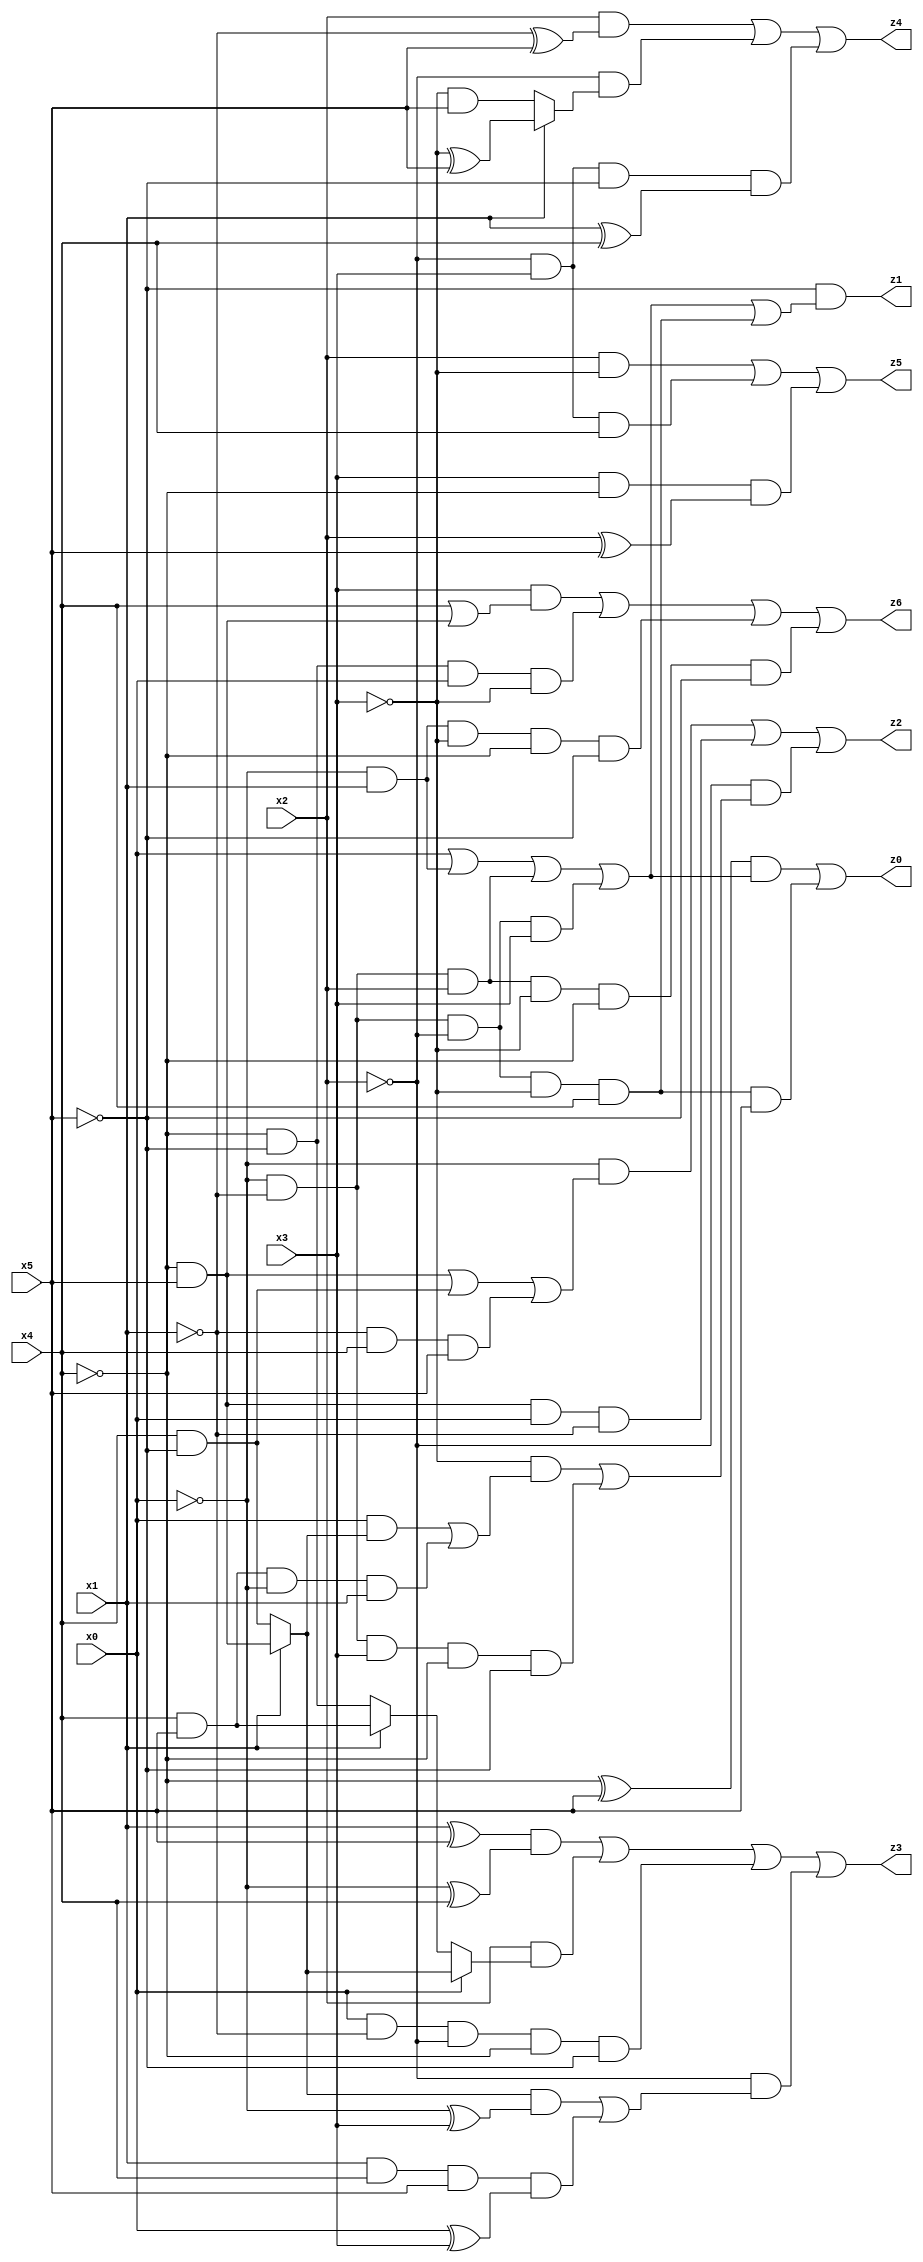
// Benchmark "X_3" written by ABC on Wed Jun 07 15:28:47 2023

module X_59 ( 
    x0, x1, x2, x3, x4, x5,
    z0, z1, z2, z3, z4, z5, z6  );
  input  x0, x1, x2, x3, x4, x5;
  output z0, z1, z2, z3, z4, z5, z6;
  assign z0 = ((~x4 ^ x5) & (x0 | (~x0 & x1) | (~x0 & ~x1 & x2) | (~x0 & ~x1 & ~x2 & x3))) | (~x0 & ~x1 & ~x2 & ~x3 & x4 & x5);
  assign z1 = ~x5 & (x0 | (~x0 & x1) | (~x0 & ~x1 & x2) | (~x0 & ~x1 & ~x2 & x3) | (~x0 & ~x1 & ~x2 & ~x3 & x4));
  assign z2 = (~x0 & ((~x4 & x5) | (x4 & ~x5) | (~x1 & x4 & x5))) | (~x4 & x5 & x0 & ~x1) | (~x2 & ((~x3 & ((x0 & (x1 ? (~x4 & x5) : (x4 & ~x5))) | (x4 & x5 & ~x0 & x1))) | (~x0 & ~x1 & x3 & ~x4 & ~x5)));
  assign z3 = ((x1 ^ x5) & (~x0 ^ x4)) | (x2 & (x0 ? (x1 ? (~x4 & x5) : (x4 & ~x5)) : (x1 ? (x4 & x5) : (~x4 & ~x5)))) | (x0 & ~x1 & ~x2 & ~x4 & ~x5) | (~x2 & (((x1 ? (~x4 & x5) : (x4 & ~x5)) & (~x0 ^ x3)) | (x1 & x4 & x5 & (x0 ^ x3))));
  assign z4 = (x2 & (~x1 ^ x5)) | (~x2 & (x1 ? (~x3 ^ x5) : (~x3 & x5))) | (~x2 & x3 & ~x5 & (x1 ^ x4));
  assign z5 = (x2 & ~x3) | (~x2 & x3 & x4) | (x3 & ~x4 & (x2 ^ x5));
  assign z6 = (x3 & (x4 | (~x4 & x5))) | (~x4 & ~x5 & x0 & ~x3) | (~x0 & x1 & ~x3 & ~x4 & ~x5) | (~x0 & ~x1 & x2 & ~x3 & ~x4 & ~x5);
endmodule